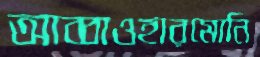
আব্বাওহারমোনি